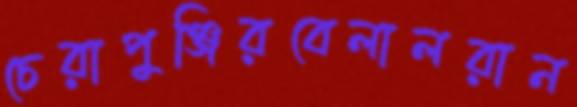
চেরাপুঞ্জিরবেলালরান